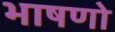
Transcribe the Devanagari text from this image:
भाषणो